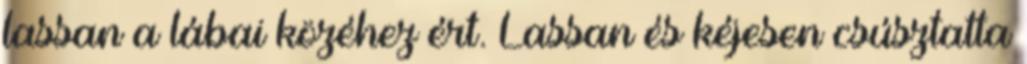
lassan a lábai közéhez ért. Lassan és kéjesen csúsztatta